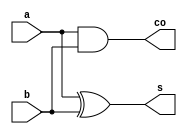
//Half Adder
module ha(s, co, a, b);
	input a, b;		//input data a and b
	output s, co;	//sum, carry out
	
	assign s = a ^ b;
	assign co = a & b;
endmodule